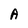
Character: A